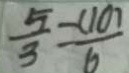
\frac { 5 } { 3 } = \frac { - ( 1 0 ) } { 6 }